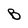
Character: B